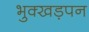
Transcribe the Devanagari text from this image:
भुक्खड़पन